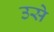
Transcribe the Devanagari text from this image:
उसेेेे